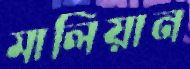
মালিয়ান